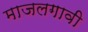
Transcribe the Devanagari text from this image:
माजलगावी